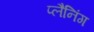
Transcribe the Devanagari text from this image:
प्‍लैनिंग